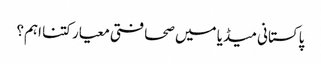
پاکستانی میڈیا میں صحافتی معیار کتنا اہم؟